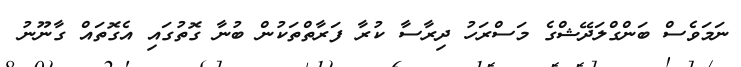
ނަމަވެސް ބަންގްލަދޭޝްގެ މަސްރަހު ދިރާސާ ކުރާ ފަރާތްތަކުން ބުނާ ގޮތުގައި އެގޮތައް ގާނޫނު